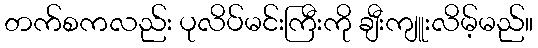
တက်စကလည်း ပုလိပ်မင်းကြီးကို ချီးကျူးလိမ့်မည်။